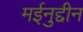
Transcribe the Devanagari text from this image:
मईनुद्दीन